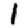
Digit: 1